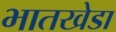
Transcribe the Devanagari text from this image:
भातखेडा